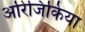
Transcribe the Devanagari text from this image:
अरिजिकिया